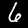
Digit: 6